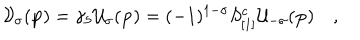
LaTeX: { \cal V } _ { \sigma } ( { \bf p } ) = \gamma _ { 5 } { \cal U } _ { \sigma } ( { \bf p } ) = ( - 1 ) ^ { 1 - \sigma } S _ { [ 1 ] } ^ { c } { \cal U } _ { - \sigma } ( { \bf p } ) \quad ,